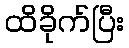
ထိခိုက်ပြီး